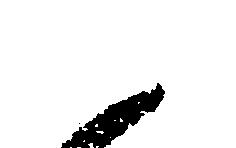
御